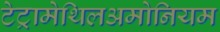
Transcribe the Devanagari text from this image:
टेट्रामेथिलअमोनियम